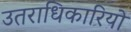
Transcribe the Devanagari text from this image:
उतराधिकारियो